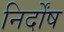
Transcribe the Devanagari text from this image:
निर्दोंष